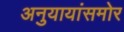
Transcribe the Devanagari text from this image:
अनुयायांसमोर